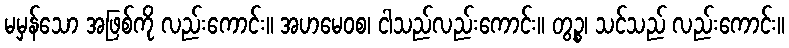
မမှန်သော အဖြစ်ကို လည်းကောင်း။ အဟမေဝစ၊ ငါသည်လည်းကောင်း။ တွဉ္စ၊ သင်သည် လည်းကောင်း။